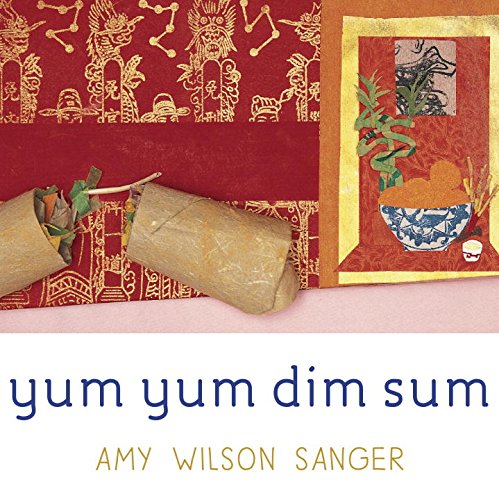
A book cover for Yum Yum Dim Sum (World Snacks); Amy Wilson Sanger; Children's Books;